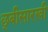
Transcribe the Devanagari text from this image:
छ्बीसारखी